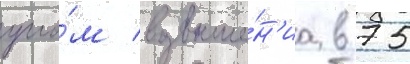
угло́м возвыше́н'иа в 75